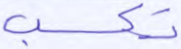
تكسب